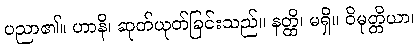
ပညာ၏။ ဟာနိ၊ ဆုတ်ယုတ်ခြင်းသည်။ နတ္ထိ၊ မရှိ။ ဝိမုတ္တိယာ၊